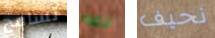
تسامح دعه نحيف